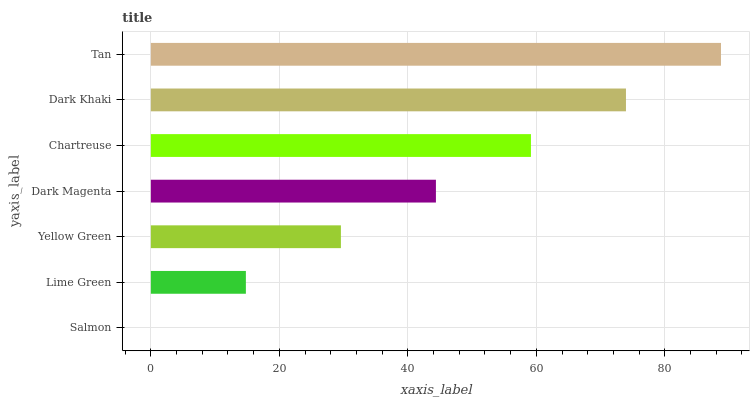
| yaxis_label | bars |
 | --- | --- |
 | Salmon | 0 |
 | Lime Green | 14.8 |
 | Yellow Green | 29.6 |
 | Dark Magenta | 44.4 |
 | Chartreuse | 59.2 |
 | Dark Khaki | 73.9 |
 | Tan | 88.7 |